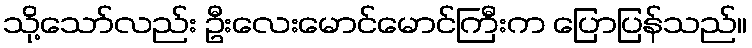
သို့သော်လည်း ဦးလေးမောင်မောင်ကြီးက ပြောပြန်သည်။